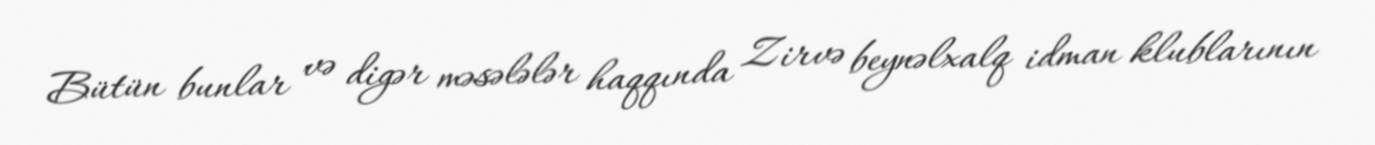
Bütün bunlar və digər məsələlər haqqında Zirvə beynəlxalq idman klublarının